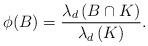
LaTeX: \begin{align*}\phi(B)=\frac{\lambda_d \left(B\cap K\right)}{\lambda_d \left(K \right)}.\end{align*}